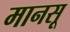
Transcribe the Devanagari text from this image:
मानसू